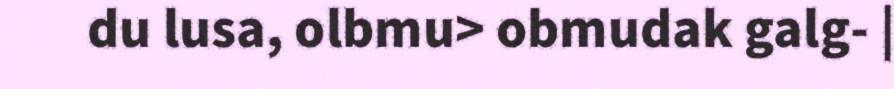
du lusa, olbmu> obmudak galg- |